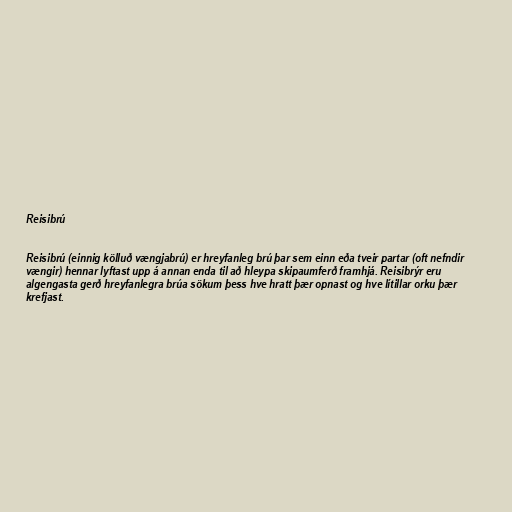
Reisibrú

Reisibrú (einnig kölluð vængjabrú) er hreyfanleg brú þar sem einn eða tveir partar (oft nefndir
vængir) hennar lyftast upp á annan enda til að hleypa skipaumferð framhjá. Reisibrýr eru
algengasta gerð hreyfanlegra brúa sökum þess hve hratt þær opnast og hve lítillar orku þær
krefjast.